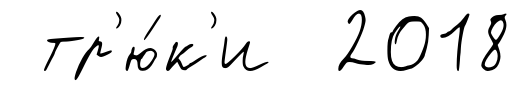
тр'ю́к'и 2018